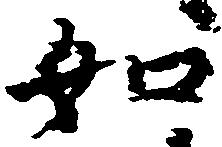
如